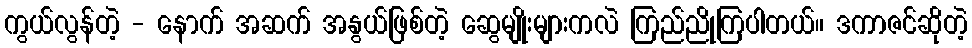
ကွယ်လွန်တဲ့ - နောက် အဆက် အနွယ်ဖြစ်တဲ့ ဆွေမျိုးများကလဲ ကြည်ညိုကြပါတယ်။ ဒကာဇင်ဆိုတဲ့